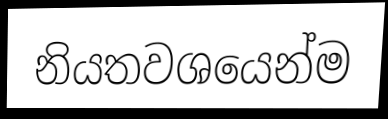
නියතවශයෙන්ම